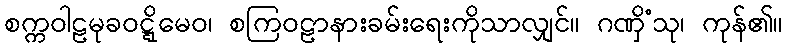
စက္ကဝါဠမုခဝဋ္ဋိမေဝ၊ စကြဝဠာနားခမ်းရေးကိုသာလျှင်။ ဂဏှိံသု၊ ကုန်၏။